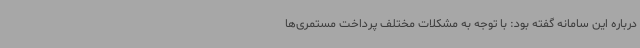
درباره این سامانه گفته بود: با توجه به مشکلات مختلف پرداخت مستمری‌ها